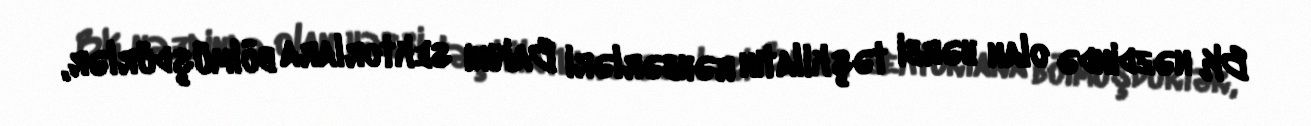
BK nəzdində olan hərbi təşkilatın rəhbərləri Bakını sektorlara bölmüşdürlər,